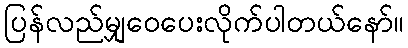
ပြန်လည်မျှဝေပေးလိုက်ပါတယ်နော်။